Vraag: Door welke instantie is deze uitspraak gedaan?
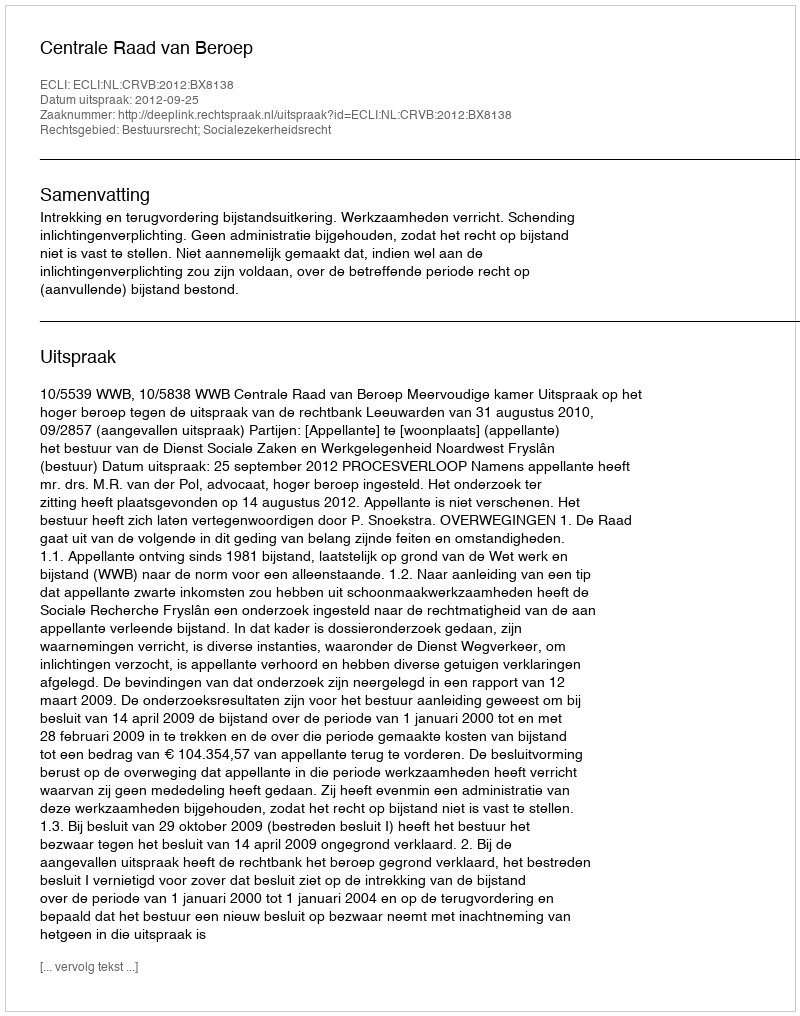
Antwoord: Centrale Raad van Beroep